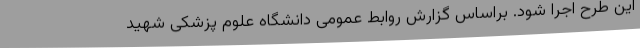
این طرح اجرا شود. براساس گزارش روابط عمومی دانشگاه علوم پزشکی شهید